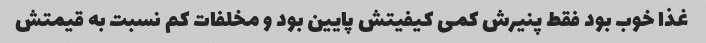
غذا خوب بود فقط پنیرش کمی کیفیتش پایین بود و مخلفات کم نسبت به قیمتش